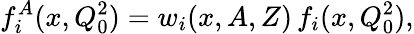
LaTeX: f_{i}^{A}(x,Q_{0}^{2})=w_{i}(x,A,Z)\, f_{i}(x,Q_{0}^{2}),